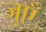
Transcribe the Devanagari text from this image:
जुएँ